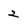
Character: 2